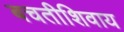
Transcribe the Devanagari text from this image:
बचतीशिवाय